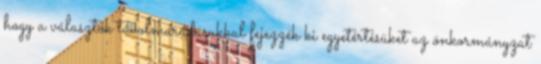
hogy a választók távolmaradásukkal fejezzék ki egyetértésüket az önkormányzat